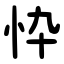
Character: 忰